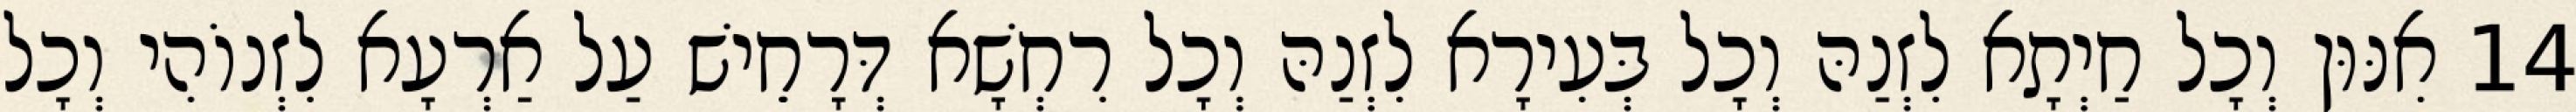
14 אִנּוּן וְכָל חַיְתָא לִזְנַהּ וְכָל בְּעִירָא לִזְנַהּ וְכָל רִחְשָׁא דְּרָחֵישׁ עַל אַרְעָא לִזְנוֹהִי וְכָל